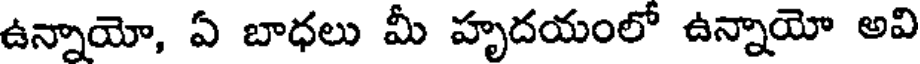
ఉన్నాయో, ఏ బాధలు మీ హృదయంలో ఉన్నాయో అవి